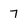
Character: 7